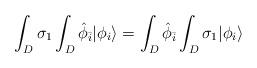
LaTeX: \begin{align*}\int_{D} \sigma_{1} \int_{D} {\hat \phi}_{\bar i} | \phi_i\rangle = \int_{D} {\hat \phi}_{\bar i} \int_{D} \sigma_{1}| \phi_i \rangle \\\end{align*}